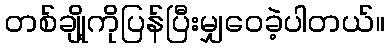
တစ်ချို့ကိုပြန်ပြီးမျှဝေခဲ့ပါတယ်။